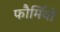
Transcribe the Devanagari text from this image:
फौर्मियो